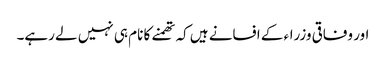
اور وفاقی وزراء کے افسانے ہیں کہ تھمنے کا نام ہی نہیں لے رہے۔